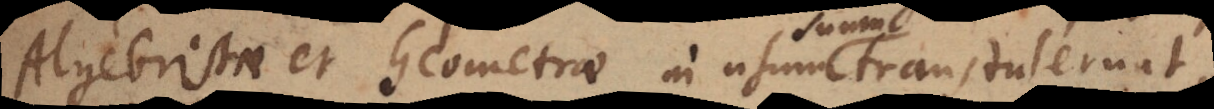
Algebristae et Geometrae in usum suum transtulerunt,